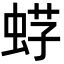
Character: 𧋫